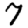
Digit: 7